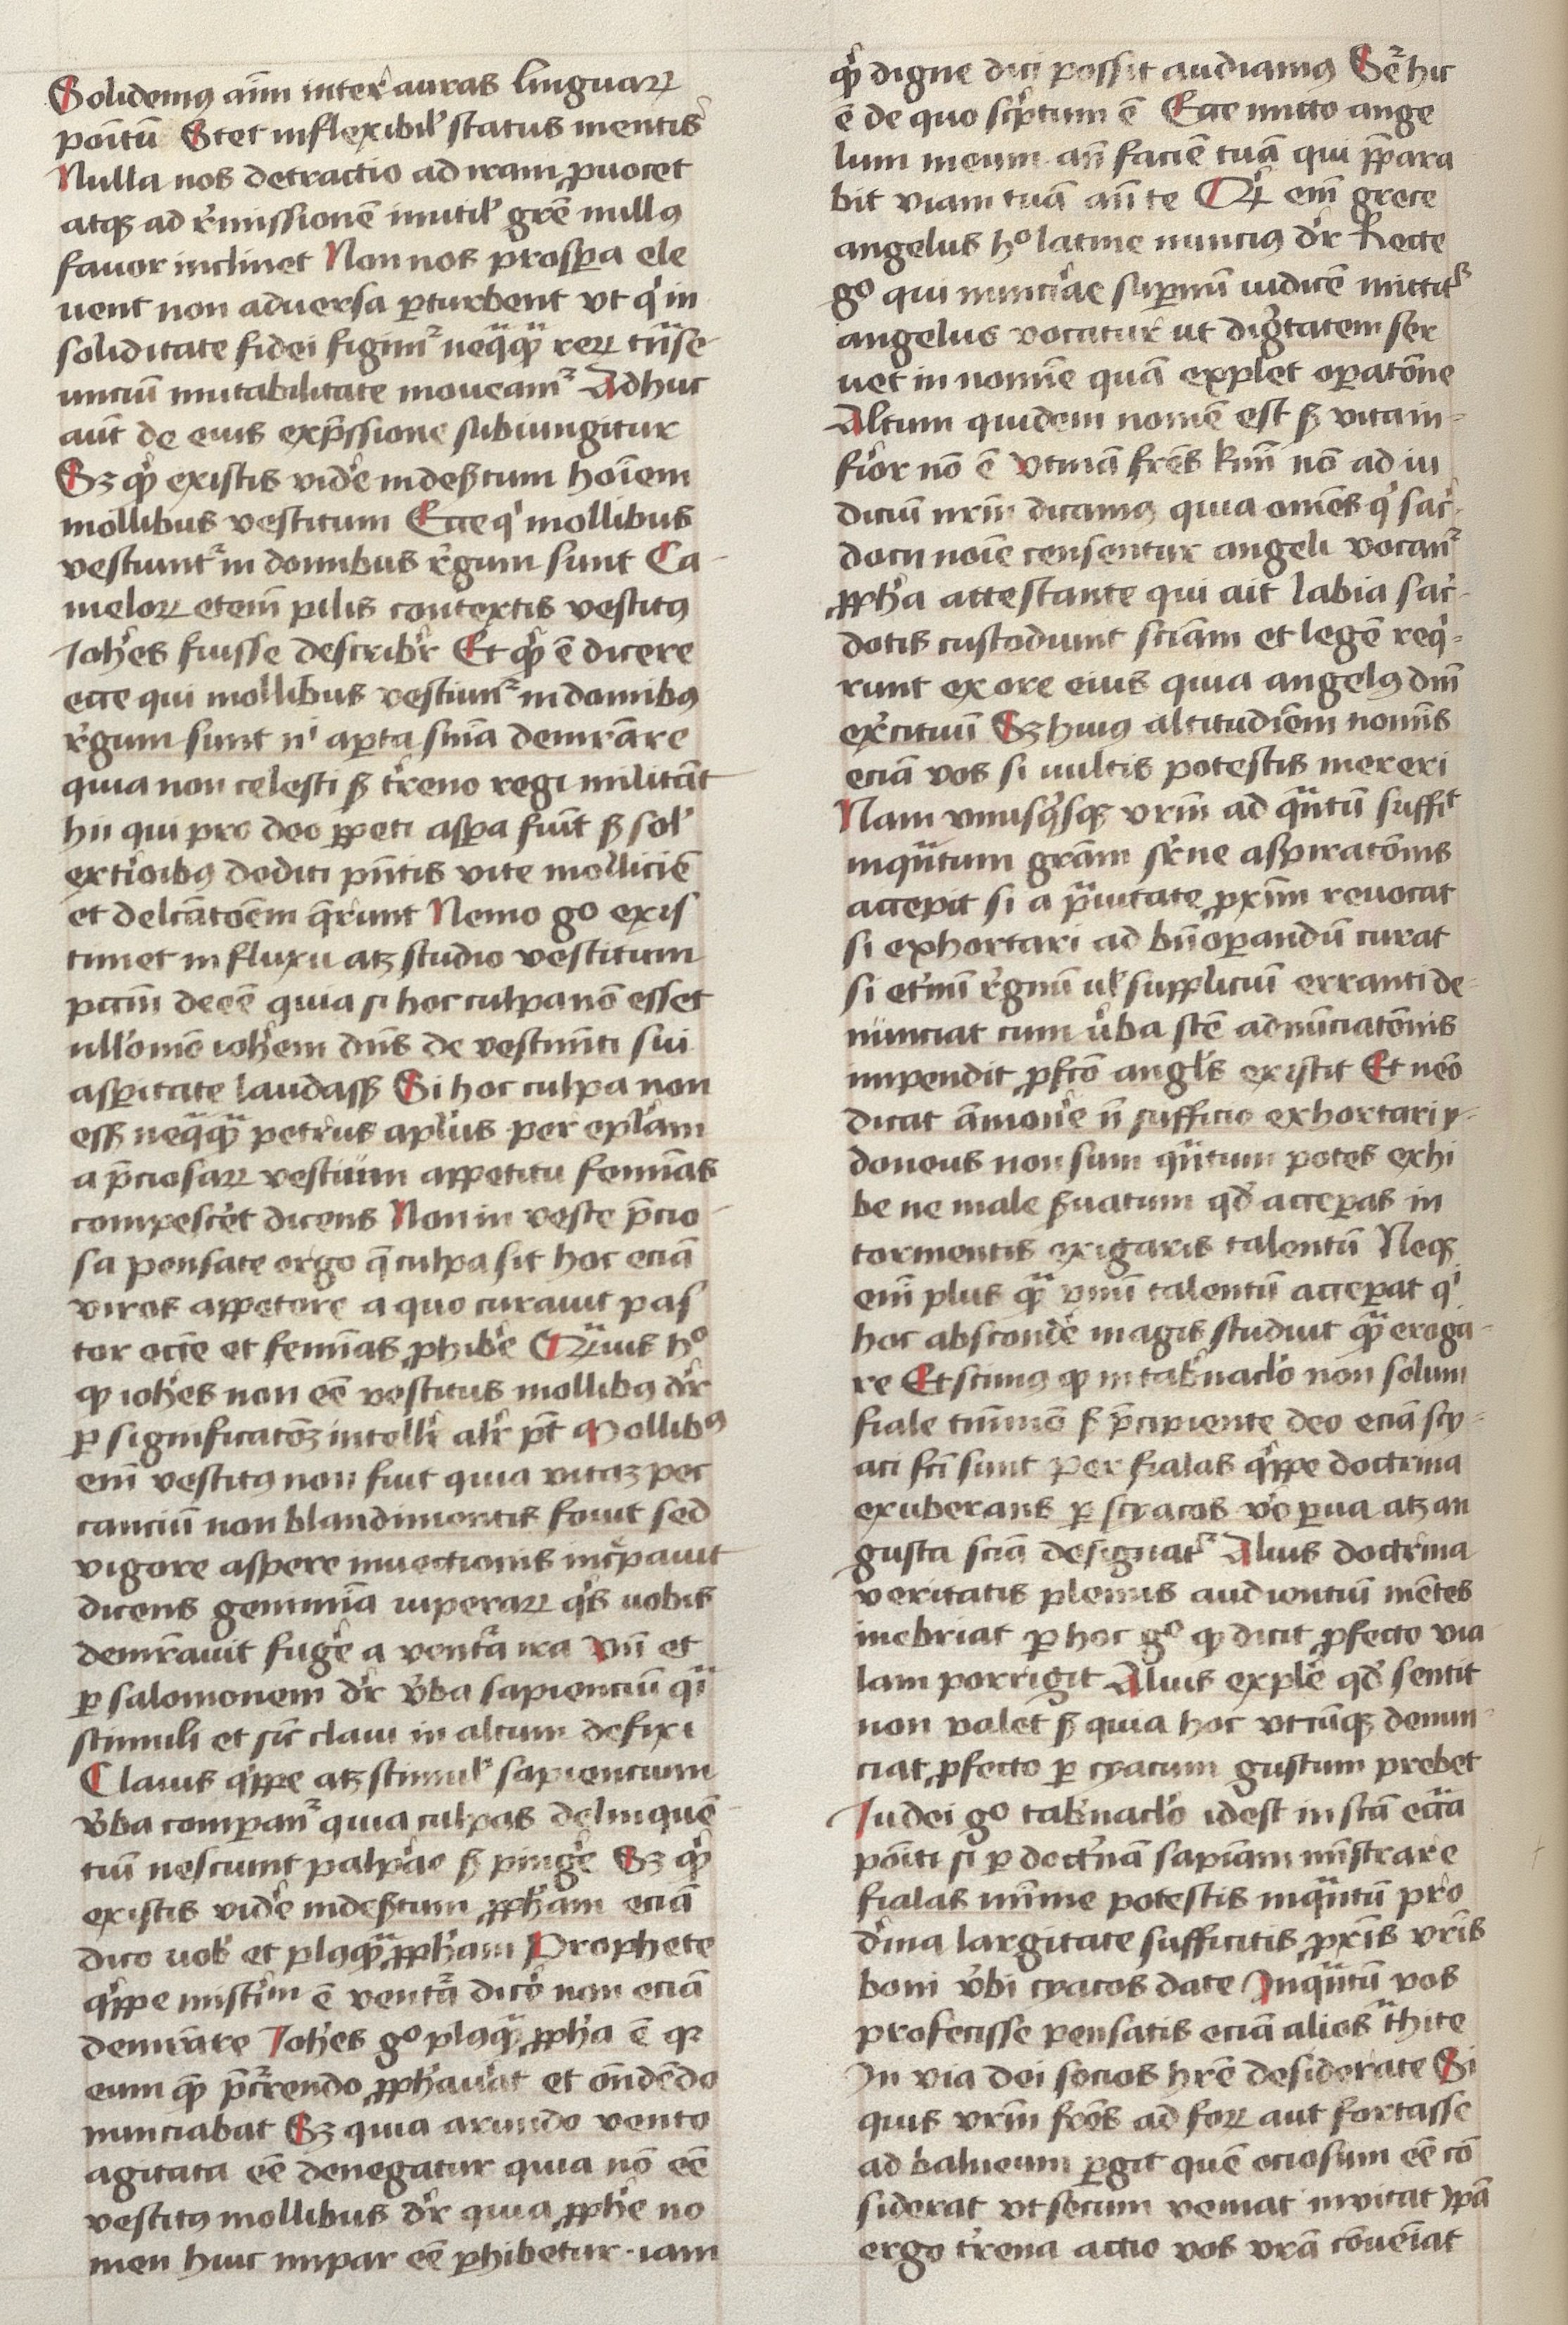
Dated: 1400–1499